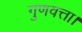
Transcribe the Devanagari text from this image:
गुणवत्ता।